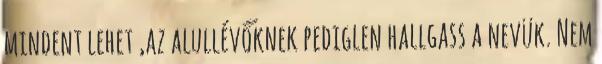
mindent lehet ,az alullévőknek pediglen hallgass a nevük. Nem